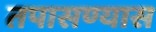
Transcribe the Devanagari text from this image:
तपासण्यास